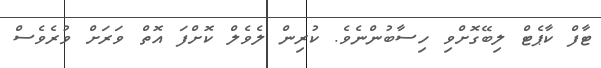
ޓާފް ކާޕެޓް ލިބޭގޮށްވި ހިސާބުންނެވެ. ކުރިން ލެވެލް ކޮށްފަ އޮތް ވަރަށް ވުރެވެސް